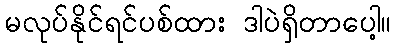
မလုပ်နိုင်ရင်ပစ်ထား ဒါပဲရှိတာပေါ့။